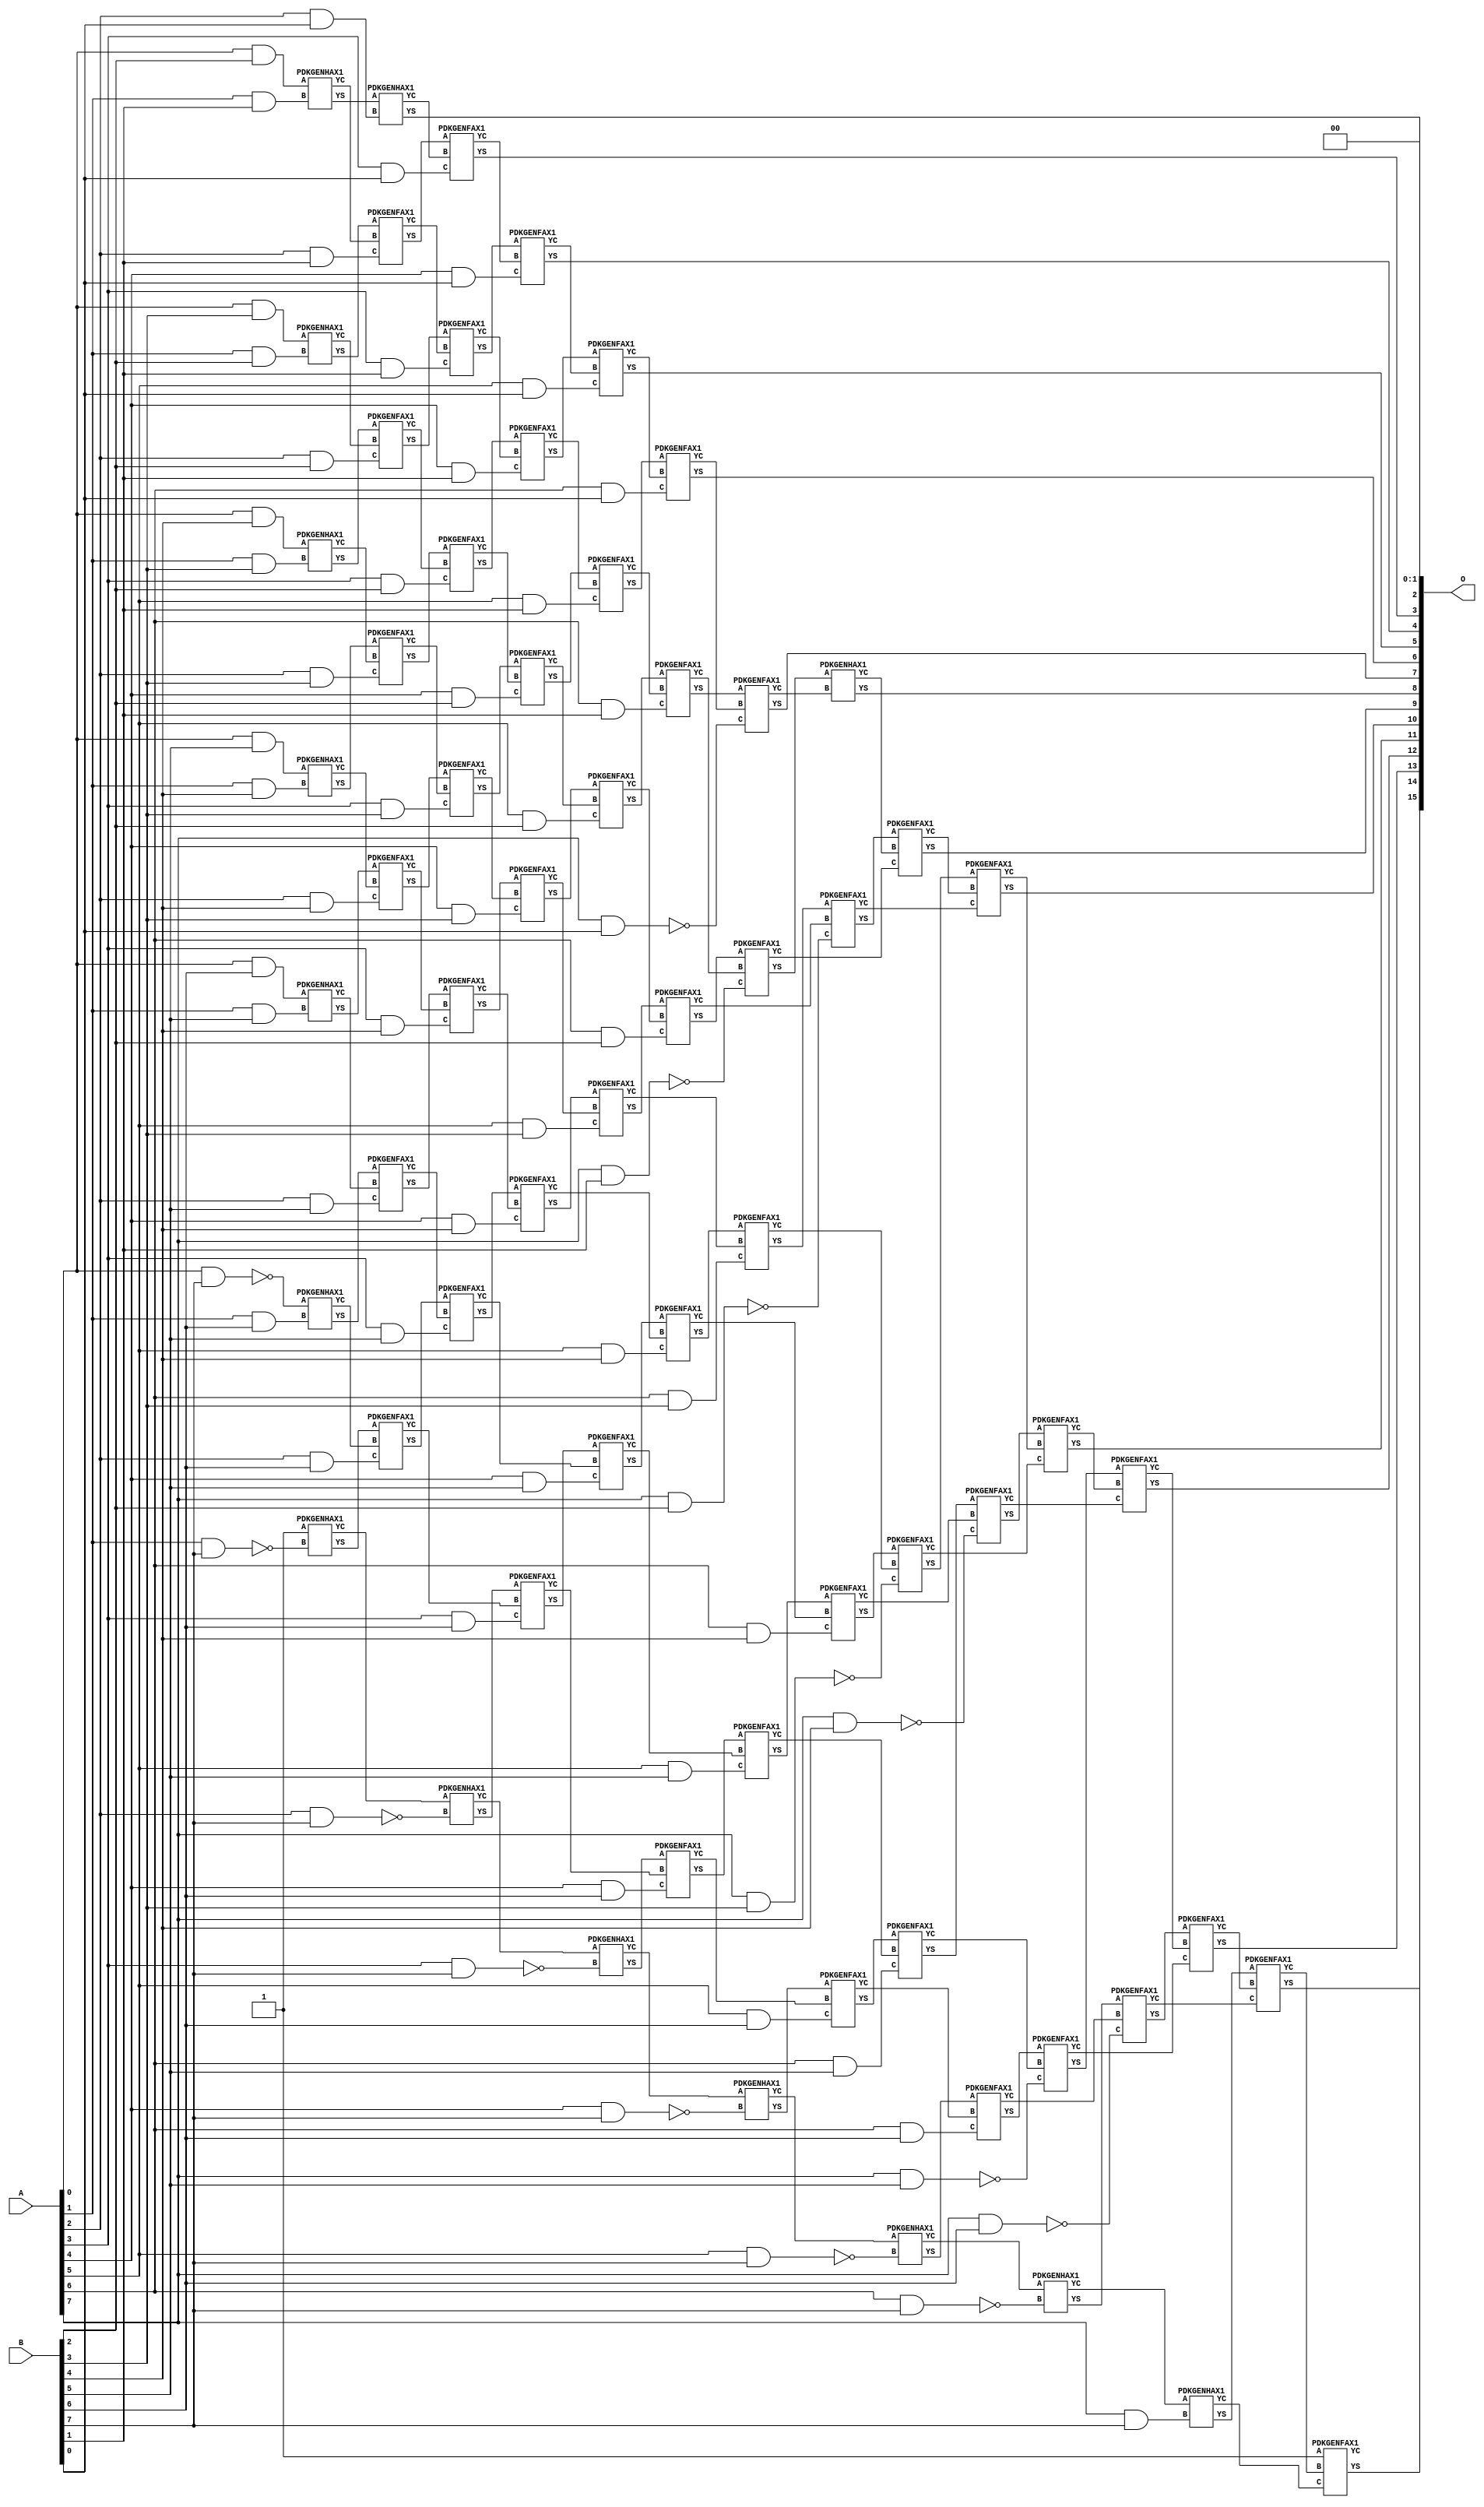
// This program was cloned from: https://github.com/ehw-fit/evoapproxlib
// License: MIT License

/***
* This code is a part of EvoApproxLib library (ehw.fit.vutbr.cz/approxlib) distributed under The MIT License.
* When used, please cite the following article(s): V. Mrazek, Z. Vasicek, L. Sekanina, H. Jiang and J. Han, "Scalable Construction of Approximate Multipliers With Formally Guaranteed Worst Case Error" in IEEE Transactions on Very Large Scale Integration (VLSI) Systems, vol. 26, no. 11, pp. 2572-2576, Nov. 2018. doi: 10.1109/TVLSI.2018.2856362 
* This file contains a circuit from a sub-set of pareto optimal circuits with respect to the pwr and wce parameters
***/
// MAE% = 0.0018 %
// MAE = 1.2 
// WCE% = 0.0076 %
// WCE = 5.0 
// WCRE% = 500.00 %
// EP% = 50.00 %
// MRE% = 0.28 %
// MSE = 3.8 
// PDK45_PWR = 0.422 mW
// PDK45_AREA = 711.0 um2
// PDK45_DELAY = 1.48 ns


module mul8s_1KVA ( A, B, O );
  input [7:0] A;
  input [7:0] B;
  output [15:0] O;

  wire C_1_1,C_1_2,C_1_3,C_1_4,C_1_5,C_1_6,C_1_7,C_2_0,C_2_1,C_2_2,C_2_3,C_2_4,C_2_5,C_2_6,C_2_7,C_3_0,C_3_1,C_3_2,C_3_3,C_3_4,C_3_5,C_3_6,C_3_7,C_4_0,C_4_1,C_4_2,C_4_3,C_4_4,C_4_5,C_4_6,C_4_7,C_5_0,C_5_1,C_5_2,C_5_3,C_5_4,C_5_5,C_5_6,C_5_7,C_6_0,C_6_1,C_6_2,C_6_3,C_6_4,C_6_5,C_6_6,C_6_7,C_7_0,C_7_1,C_7_2,C_7_3,C_7_4,C_7_5,C_7_6,C_7_7,C_8_0,C_8_1,C_8_2,C_8_3,C_8_4,C_8_5,C_8_6,C_8_7,S_0_2,S_0_3,S_0_4,S_0_5,S_0_6,S_0_7,S_1_1,S_1_2,S_1_3,S_1_4,S_1_5,S_1_6,S_1_7,S_2_0,S_2_1,S_2_2,S_2_3,S_2_4,S_2_5,S_2_6,S_2_7,S_3_0,S_3_1,S_3_2,S_3_3,S_3_4,S_3_5,S_3_6,S_3_7,S_4_0,S_4_1,S_4_2,S_4_3,S_4_4,S_4_5,S_4_6,S_4_7,S_5_0,S_5_1,S_5_2,S_5_3,S_5_4,S_5_5,S_5_6,S_5_7,S_6_0,S_6_1,S_6_2,S_6_3,S_6_4,S_6_5,S_6_6,S_6_7,S_7_0,S_7_1,S_7_2,S_7_3,S_7_4,S_7_5,S_7_6,S_7_7,S_8_0,S_8_1,S_8_2,S_8_3,S_8_4,S_8_5,S_8_6,S_8_7;

  assign S_0_2 = (A[0] & B[2]);
  assign S_0_3 = (A[0] & B[3]);
  assign S_0_4 = (A[0] & B[4]);
  assign S_0_5 = (A[0] & B[5]);
  assign S_0_6 = (A[0] & B[6]);
  assign S_0_7 = ~(A[0] & B[7]);
  PDKGENHAX1 U298 (.A(S_0_2), .B((A[1] & B[1])), .YS(S_1_1), .YC(C_1_1));
  PDKGENHAX1 U299 (.A(S_0_3), .B((A[1] & B[2])), .YS(S_1_2), .YC(C_1_2));
  PDKGENHAX1 U300 (.A(S_0_4), .B((A[1] & B[3])), .YS(S_1_3), .YC(C_1_3));
  PDKGENHAX1 U301 (.A(S_0_5), .B((A[1] & B[4])), .YS(S_1_4), .YC(C_1_4));
  PDKGENHAX1 U302 (.A(S_0_6), .B((A[1] & B[5])), .YS(S_1_5), .YC(C_1_5));
  PDKGENHAX1 U303 (.A(S_0_7), .B((A[1] & B[6])), .YS(S_1_6), .YC(C_1_6));
  PDKGENHAX1 U304 (.A(1'b1), .B(~(A[1] & B[7])), .YS(S_1_7), .YC(C_1_7));
  PDKGENHAX1 U305 (.A(S_1_1), .B((A[2] & B[0])), .YS(S_2_0), .YC(C_2_0));
  PDKGENFAX1 U306 (.A(S_1_2), .B(C_1_1), .C((A[2] & B[1])), .YS(S_2_1), .YC(C_2_1));
  PDKGENFAX1 U307 (.A(S_1_3), .B(C_1_2), .C((A[2] & B[2])), .YS(S_2_2), .YC(C_2_2));
  PDKGENFAX1 U308 (.A(S_1_4), .B(C_1_3), .C((A[2] & B[3])), .YS(S_2_3), .YC(C_2_3));
  PDKGENFAX1 U309 (.A(S_1_5), .B(C_1_4), .C((A[2] & B[4])), .YS(S_2_4), .YC(C_2_4));
  PDKGENFAX1 U310 (.A(S_1_6), .B(C_1_5), .C((A[2] & B[5])), .YS(S_2_5), .YC(C_2_5));
  PDKGENFAX1 U311 (.A(S_1_7), .B(C_1_6), .C((A[2] & B[6])), .YS(S_2_6), .YC(C_2_6));
  PDKGENHAX1 U312 (.A(C_1_7), .B(~(A[2] & B[7])), .YS(S_2_7), .YC(C_2_7));
  PDKGENFAX1 U313 (.A(S_2_1), .B(C_2_0), .C((A[3] & B[0])), .YS(S_3_0), .YC(C_3_0));
  PDKGENFAX1 U314 (.A(S_2_2), .B(C_2_1), .C((A[3] & B[1])), .YS(S_3_1), .YC(C_3_1));
  PDKGENFAX1 U315 (.A(S_2_3), .B(C_2_2), .C((A[3] & B[2])), .YS(S_3_2), .YC(C_3_2));
  PDKGENFAX1 U316 (.A(S_2_4), .B(C_2_3), .C((A[3] & B[3])), .YS(S_3_3), .YC(C_3_3));
  PDKGENFAX1 U317 (.A(S_2_5), .B(C_2_4), .C((A[3] & B[4])), .YS(S_3_4), .YC(C_3_4));
  PDKGENFAX1 U318 (.A(S_2_6), .B(C_2_5), .C((A[3] & B[5])), .YS(S_3_5), .YC(C_3_5));
  PDKGENFAX1 U319 (.A(S_2_7), .B(C_2_6), .C((A[3] & B[6])), .YS(S_3_6), .YC(C_3_6));
  PDKGENHAX1 U320 (.A(C_2_7), .B(~(A[3] & B[7])), .YS(S_3_7), .YC(C_3_7));
  PDKGENFAX1 U321 (.A(S_3_1), .B(C_3_0), .C((A[4] & B[0])), .YS(S_4_0), .YC(C_4_0));
  PDKGENFAX1 U322 (.A(S_3_2), .B(C_3_1), .C((A[4] & B[1])), .YS(S_4_1), .YC(C_4_1));
  PDKGENFAX1 U323 (.A(S_3_3), .B(C_3_2), .C((A[4] & B[2])), .YS(S_4_2), .YC(C_4_2));
  PDKGENFAX1 U324 (.A(S_3_4), .B(C_3_3), .C((A[4] & B[3])), .YS(S_4_3), .YC(C_4_3));
  PDKGENFAX1 U325 (.A(S_3_5), .B(C_3_4), .C((A[4] & B[4])), .YS(S_4_4), .YC(C_4_4));
  PDKGENFAX1 U326 (.A(S_3_6), .B(C_3_5), .C((A[4] & B[5])), .YS(S_4_5), .YC(C_4_5));
  PDKGENFAX1 U327 (.A(S_3_7), .B(C_3_6), .C((A[4] & B[6])), .YS(S_4_6), .YC(C_4_6));
  PDKGENHAX1 U328 (.A(C_3_7), .B(~(A[4] & B[7])), .YS(S_4_7), .YC(C_4_7));
  PDKGENFAX1 U329 (.A(S_4_1), .B(C_4_0), .C((A[5] & B[0])), .YS(S_5_0), .YC(C_5_0));
  PDKGENFAX1 U330 (.A(S_4_2), .B(C_4_1), .C((A[5] & B[1])), .YS(S_5_1), .YC(C_5_1));
  PDKGENFAX1 U331 (.A(S_4_3), .B(C_4_2), .C((A[5] & B[2])), .YS(S_5_2), .YC(C_5_2));
  PDKGENFAX1 U332 (.A(S_4_4), .B(C_4_3), .C((A[5] & B[3])), .YS(S_5_3), .YC(C_5_3));
  PDKGENFAX1 U333 (.A(S_4_5), .B(C_4_4), .C((A[5] & B[4])), .YS(S_5_4), .YC(C_5_4));
  PDKGENFAX1 U334 (.A(S_4_6), .B(C_4_5), .C((A[5] & B[5])), .YS(S_5_5), .YC(C_5_5));
  PDKGENFAX1 U335 (.A(S_4_7), .B(C_4_6), .C((A[5] & B[6])), .YS(S_5_6), .YC(C_5_6));
  PDKGENHAX1 U336 (.A(C_4_7), .B(~(A[5] & B[7])), .YS(S_5_7), .YC(C_5_7));
  PDKGENFAX1 U337 (.A(S_5_1), .B(C_5_0), .C((A[6] & B[0])), .YS(S_6_0), .YC(C_6_0));
  PDKGENFAX1 U338 (.A(S_5_2), .B(C_5_1), .C((A[6] & B[1])), .YS(S_6_1), .YC(C_6_1));
  PDKGENFAX1 U339 (.A(S_5_3), .B(C_5_2), .C((A[6] & B[2])), .YS(S_6_2), .YC(C_6_2));
  PDKGENFAX1 U340 (.A(S_5_4), .B(C_5_3), .C((A[6] & B[3])), .YS(S_6_3), .YC(C_6_3));
  PDKGENFAX1 U341 (.A(S_5_5), .B(C_5_4), .C((A[6] & B[4])), .YS(S_6_4), .YC(C_6_4));
  PDKGENFAX1 U342 (.A(S_5_6), .B(C_5_5), .C((A[6] & B[5])), .YS(S_6_5), .YC(C_6_5));
  PDKGENFAX1 U343 (.A(S_5_7), .B(C_5_6), .C((A[6] & B[6])), .YS(S_6_6), .YC(C_6_6));
  PDKGENHAX1 U344 (.A(C_5_7), .B(~(A[6] & B[7])), .YS(S_6_7), .YC(C_6_7));
  PDKGENFAX1 U345 (.A(S_6_1), .B(C_6_0), .C(~(A[7] & B[0])), .YS(S_7_0), .YC(C_7_0));
  PDKGENFAX1 U346 (.A(S_6_2), .B(C_6_1), .C(~(A[7] & B[1])), .YS(S_7_1), .YC(C_7_1));
  PDKGENFAX1 U347 (.A(S_6_3), .B(C_6_2), .C(~(A[7] & B[2])), .YS(S_7_2), .YC(C_7_2));
  PDKGENFAX1 U348 (.A(S_6_4), .B(C_6_3), .C(~(A[7] & B[3])), .YS(S_7_3), .YC(C_7_3));
  PDKGENFAX1 U349 (.A(S_6_5), .B(C_6_4), .C(~(A[7] & B[4])), .YS(S_7_4), .YC(C_7_4));
  PDKGENFAX1 U350 (.A(S_6_6), .B(C_6_5), .C(~(A[7] & B[5])), .YS(S_7_5), .YC(C_7_5));
  PDKGENFAX1 U351 (.A(S_6_7), .B(C_6_6), .C(~(A[7] & B[6])), .YS(S_7_6), .YC(C_7_6));
  PDKGENHAX1 U352 (.A(C_6_7), .B((A[7] & B[7])), .YS(S_7_7), .YC(C_7_7));
  PDKGENHAX1 U353 (.A(S_7_1), .B(C_7_0), .YS(S_8_0), .YC(C_8_0));
  PDKGENFAX1 U354 (.A(S_7_2), .B(C_8_0), .C(C_7_1), .YS(S_8_1), .YC(C_8_1));
  PDKGENFAX1 U355 (.A(S_7_3), .B(C_8_1), .C(C_7_2), .YS(S_8_2), .YC(C_8_2));
  PDKGENFAX1 U356 (.A(S_7_4), .B(C_8_2), .C(C_7_3), .YS(S_8_3), .YC(C_8_3));
  PDKGENFAX1 U357 (.A(S_7_5), .B(C_8_3), .C(C_7_4), .YS(S_8_4), .YC(C_8_4));
  PDKGENFAX1 U358 (.A(S_7_6), .B(C_8_4), .C(C_7_5), .YS(S_8_5), .YC(C_8_5));
  PDKGENFAX1 U359 (.A(S_7_7), .B(C_8_5), .C(C_7_6), .YS(S_8_6), .YC(C_8_6));
  PDKGENFAX1 U360 (.A(1'b1), .B(C_8_6), .C(C_7_7), .YS(S_8_7), .YC(C_8_7));
  assign O = {S_8_7,S_8_6,S_8_5,S_8_4,S_8_3,S_8_2,S_8_1,S_8_0,S_7_0,S_6_0,S_5_0,S_4_0,S_3_0,S_2_0,1'b0,1'b0};

endmodule

/* mod */
module PDKGENHAX1( input A, input B, output YS, output YC );
    assign YS = A ^ B;
    assign YC = A & B;
endmodule
/* mod */
module PDKGENFAX1( input A, input B, input C, output YS, output YC );
    assign YS = (A ^ B) ^ C;
    assign YC = (A & B) | (B & C) | (A & C);
endmodule